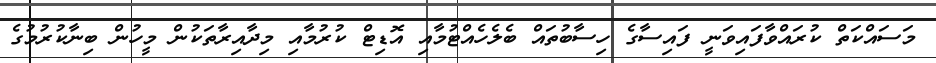
މަސައްކަތް ކުރައްވާފައިވަނީ ފައިސާގެ ހިސާބުތައް ބެލެހެއްޓުމާއި އޮޑިޓް ކުރުމާއި މިދާއިރާތަކުން މީހުން ބިނާކުރުމުގެ